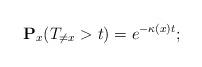
LaTeX: \begin{align*}\mathbf{P}_x(T_{\neq x}>t)=e^{-\kappa(x) t};\end{align*}